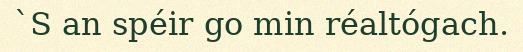
`S an spéir go min réaltógach.